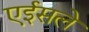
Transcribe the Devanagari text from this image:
एईसले